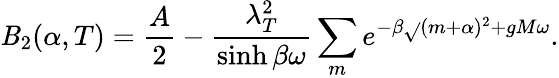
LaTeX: \mathit{B}_{2}(\alpha,T)=\frac{{A}}{{2}}-\frac{{\lambda_{T}^{2}}}{{\sinh\beta\omega}}\sum_{m}e^{-\beta\sqrt{}{{(m+\alpha)^{2}+gM}}\omega}.